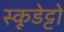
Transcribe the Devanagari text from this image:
स्कूडेट्टो